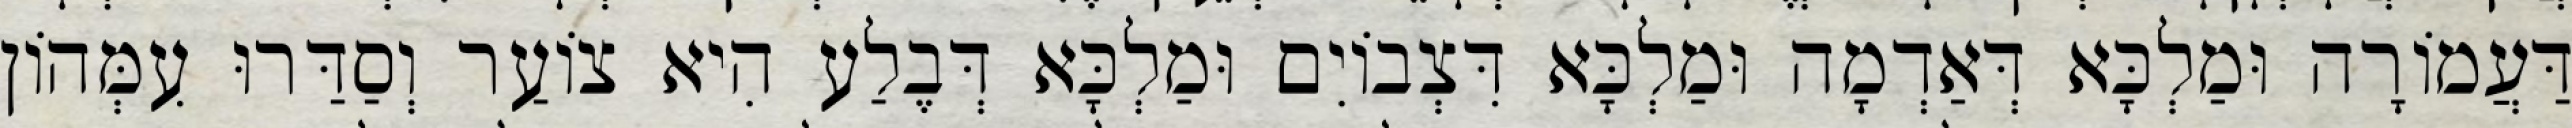
דַּעֲמוֹרָה וּמַלְכָּא דְּאַדְמָה וּמַלְכָּא דִּצְבוֹיִם וּמַלְכָּא דְּבֶלַע הִיא צוֹעַר וְסַדַּרוּ עִמְּהוֹן